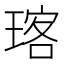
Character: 𪻽